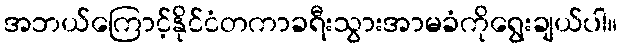
အဘယ်ကြောင့်နိုင်ငံတကာခရီးသွားအာမခံကိုရွေးချယ်ပါ။